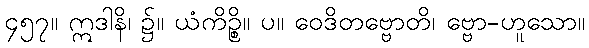
၄၅၇။ ဣဒါနိ၊ ၌။ ယံကိဉ္စိ။ ပ။ ဝေဒိတဗ္ဗောတိ၊ ဗ္ဗော-ဟူသော။